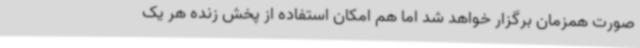
صورت همزمان برگزار خواهد شد اما هم امکان استفاده از پخش زنده هر یک